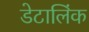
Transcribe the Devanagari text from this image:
डेटालिंक